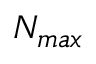
N _ { m a x }